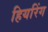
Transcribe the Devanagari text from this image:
हियरिंग